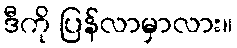
ဒီကို ပြန်လာမှာလား။